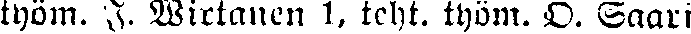
työm. J. Wirtanen 1, teht. työm. O. Saari